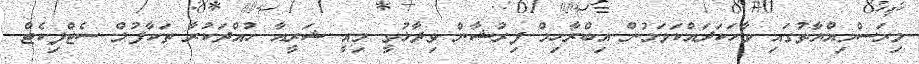
މިރަސްމިއްޔާތުގައި ވާހަކަދައްކަވަމުން އިބްރާހިމް ފިރުޝާން ވިދާޅުވީ މިއީ ޝަރީއާ ހުއްދަކުރާ ތަކާފުލް ސެޓްފިކެޓް